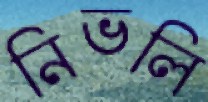
নিভলি